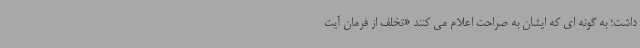
داشت؛ به گونه ای که ایشان به صراحت اعلام می کنند «تخلف از فرمان آیت